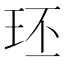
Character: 㺽